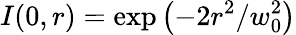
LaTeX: I(0,r)=\exp\left(-2r^{2}/w_{0}^{2}\right)